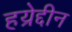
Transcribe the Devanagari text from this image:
हय्रेद्दीन